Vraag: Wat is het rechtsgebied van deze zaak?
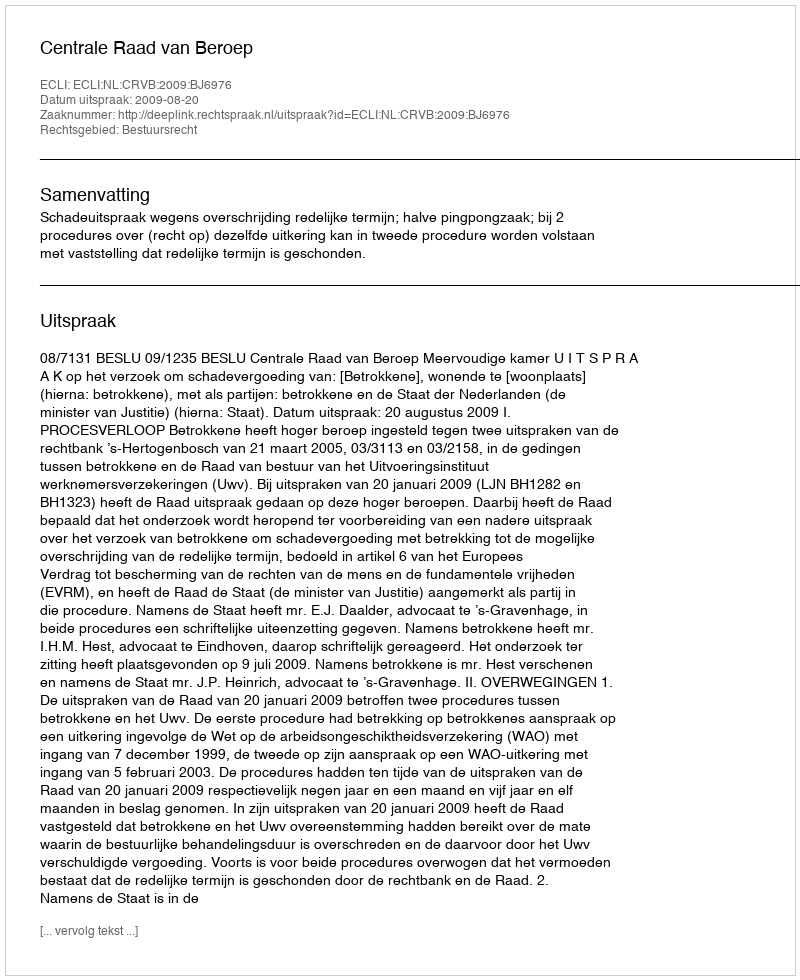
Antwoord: Bestuursrecht